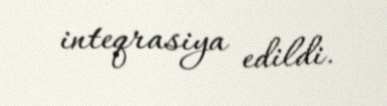
inteqrasiya edildi.